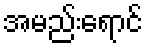
အမည်းရောင်